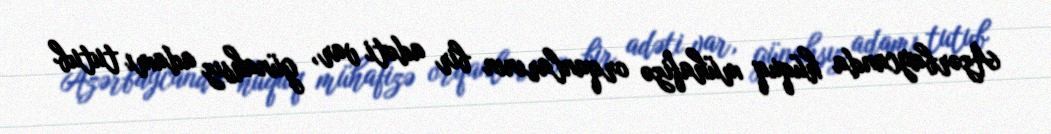
Azərbaycanda hüquq mühafizə orqanlarının bir adəti var, günahsız adamı tutub